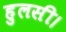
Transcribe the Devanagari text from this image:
हुलसी।